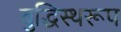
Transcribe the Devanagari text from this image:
बुद्धिस्थरूप